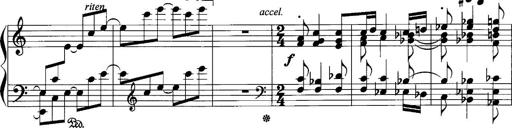
Title: Sonatina No.1
Composer: Otto Stoll
Key: C major